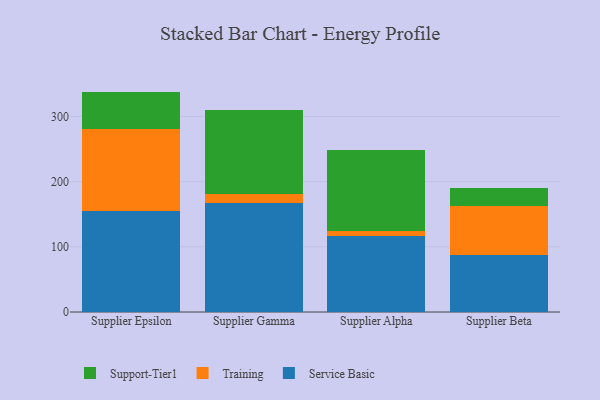
{"axis": {"x": "Supplier", "y": "Customer Acquisition Cost (USD)"}, "legend": ["Service Basic", "Support-Tier1", "Training"], "data": [{"x": "Supplier Epsilon", "y": 155.3, "type": "Service Basic"}, {"x": "Supplier Epsilon", "y": 126.1, "type": "Training"}, {"x": "Supplier Epsilon", "y": 56.7, "type": "Support-Tier1"}, {"x": "Supplier Gamma", "y": 167.3, "type": "Service Basic"}, {"x": "Supplier Gamma", "y": 14.1, "type": "Training"}, {"x": "Supplier Gamma", "y": 128.6, "type": "Support-Tier1"}, {"x": "Supplier Alpha", "y": 116.4, "type": "Service Basic"}, {"x": "Supplier Alpha", "y": 7.9, "type": "Training"}, {"x": "Supplier Alpha", "y": 124.5, "type": "Support-Tier1"}, {"x": "Supplier Beta", "y": 86.8, "type": "Service Basic"}, {"x": "Supplier Beta", "y": 75.6, "type": "Training"}, {"x": "Supplier Beta", "y": 28.3, "type": "Support-Tier1"}]}